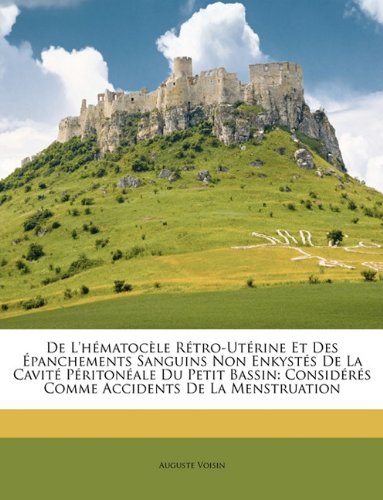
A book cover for De L'hÃ©matocÃ¨le RÃ©tro-UtÃ©rine Et Des ÃEpanchements Sanguins Non EnkystÃ©s De La CavitÃ© PÃ©ritonÃ©ale Du Petit Bassin: ConsidÃ©rÃ©s Comme Accidents De La Menstruation (French Edition); Auguste Voisin; Health, Fitness & Dieting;